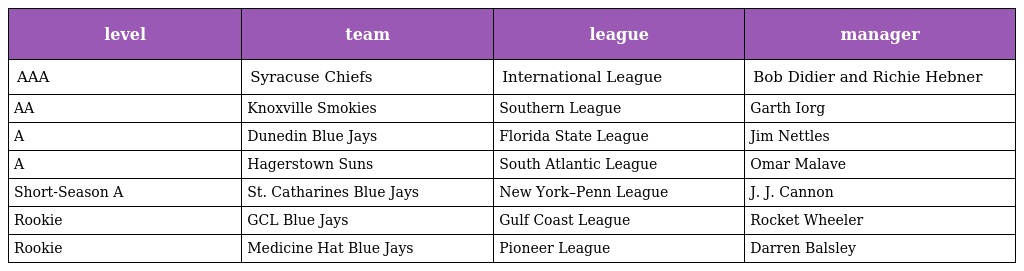
| level | team | league | manager |
 | --- | --- | --- | --- |
 | AAA | Syracuse Chiefs | International League | Bob Didier and Richie Hebner |
 | AA | Knoxville Smokies | Southern League | Garth Iorg |
 | A | Dunedin Blue Jays | Florida State League | Jim Nettles |
 | A | Hagerstown Suns | South Atlantic League | Omar Malave |
 | Short-Season A | St. Catharines Blue Jays | New York–Penn League | J. J. Cannon |
 | Rookie | GCL Blue Jays | Gulf Coast League | Rocket Wheeler |
 | Rookie | Medicine Hat Blue Jays | Pioneer League | Darren Balsley |